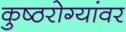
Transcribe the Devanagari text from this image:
कुष्ठरोग्यांवर